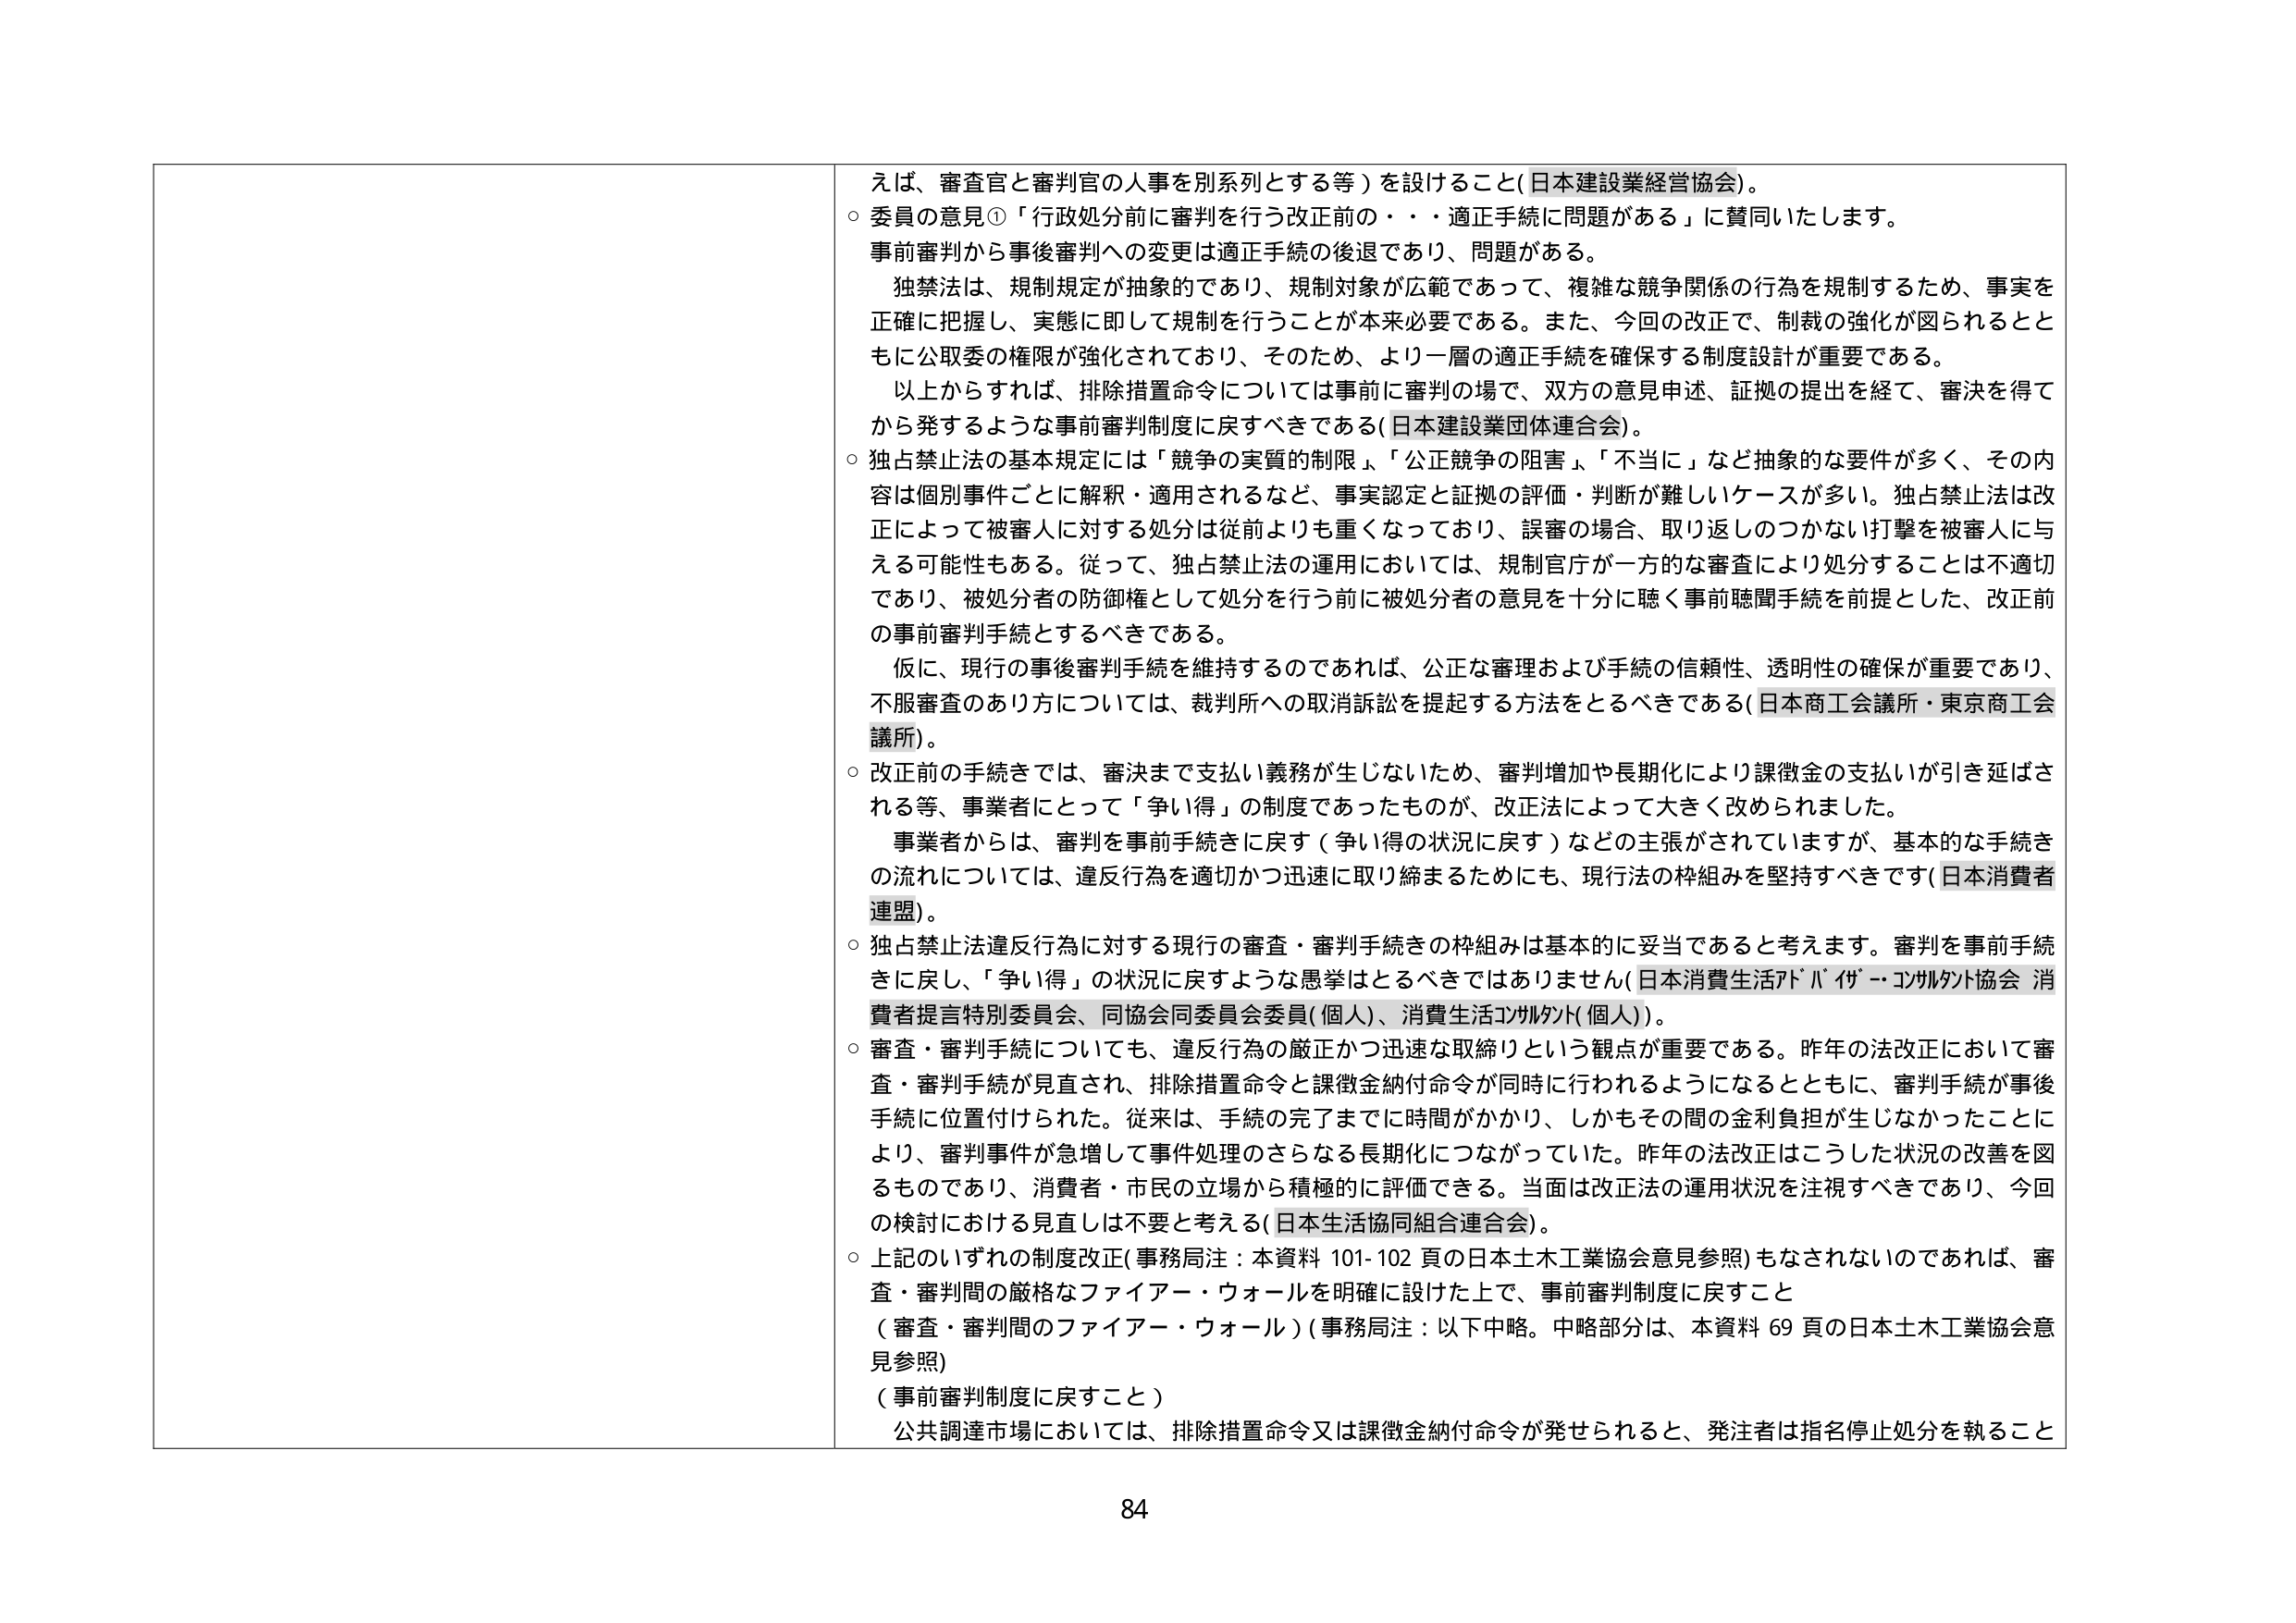
えば、審査官と審判官の人事を別系列とする等）を設けること（日本建設業経営協会）。

○ 委員の意見①「行政処分前に審判を行う改正前の・・・適正手続に問題がある」に賛同いたします。
事前審判から事後審判への変更は適正手続の後退であり、問題がある。
　独禁法は、規制規定が抽象的であり、規制対象が広範であって、複雑な競争関係の行為を規制するため、事実を正確に把握し、実態に即して規制を行うことが本来必要である。また、今回の改正で、制裁の強化が図られるとともに公取委の権限が強化されており、そのため、より一層の適正手続を確保する制度設計が重要である。
　以上からすれば、排除措置命令については事前に審判の場で、双方の意見申述、証拠の提出を経て、審決を得てから発するような事前審判制度に戻すべきである（日本建設業団体連合会）。

○ 独占禁止法の基本規定には「競争の実質的制限」、「公正競争の阻害」、「不当に」など抽象的な要件が多く、その内容は個別事件ごとに解釈・適用されるなど、事実認定と証拠の評価・判断が難しいケースが多い。独占禁止法は改正によって被審人に対する処分は従前よりも重くなっており、誤審の場合、取り返しのつかない打撃を被審人に与える可能性もある。従って、独占禁止法の運用においては、規制官庁が一方的な審査により処分することは不適切であり、被処分者の防御権として処分を行う前に被処分者の意見を十分に聴く事前聴聞手続を前提とした、改正前の事前審判手続とするべきである。
　仮に、現行の事後審判手続を維持するのであれば、公正な審理および手続の信頼性、透明性の確保が重要であり、不服審査のあり方については、裁判所への取消訴訟を提起する方法をとるべきである（日本商工会議所・東京商工会議所）。

○ 改正前の手続きでは、審決まで支払い義務が生じないため、審判増加や長期化により課徴金の支払いが引き延ばされる等、事業者にとって「争い得」の制度であったものが、改正法によって大きく改められました。
　事業者からは、審判を事前手続きに戻す（争い得の状況に戻す）などの主張がされていますが、基本的な手続きの流れについては、違反行為を適切かつ迅速に取り締まるためにも、現行法の枠組みを堅持すべきです（日本消費者連盟）。

○ 独占禁止法違反行為に対する現行の審査・審判手続きの枠組みは基本的に妥当であると考えます。審判を事前手続きに戻し、「争い得」の状況に戻すような愚挙はとるべきではありません（日本消費生活アドバイザー・コンサルタント協会 消費者提言特別委員会、同協会同委員会委員（個人）、消費生活コンサルタント（個人））。

○ 審査・審判手続についても、違反行為の厳正かつ迅速な取締りという観点が重要である。昨年の法改正において審査・審判手続が見直され、排除措置命令と課徴金納付命令が同時に行われるようになるとともに、審判手続が事後手続に位置付けられた。従来は、手続の完了までに時間がかかり、しかもその間の金利負担が生じなかったことにより、審判事件が急増して事件処理のさらなる長期化につながっていた。昨年の法改正はこうした状況の改善を図るものであり、消費者・市民の立場から積極的に評価できる。当面は改正法の運用状況を注視すべきであり、今回の検討における見直しは不要と考える（日本生活協同組合連合会）。

○ 上記のいずれの制度改正（事務局注：本資料 101-102 頁の日本土木工業協会意見参照）もなされないのであれば、審査・審判間の厳格なファイアー・ウォールを明確に設けた上で、事前審判制度に戻すこと
（審査・審判間のファイアー・ウォール）（事務局注：以下中略。中略部分は、本資料 69 頁の日本土木工業協会意見参照）
（事前審判制度に戻すこと）
　公共調達市場においては、排除措置命令又は課徴金納付命令が発せられると、発注者は指名停止処分を執ること

84